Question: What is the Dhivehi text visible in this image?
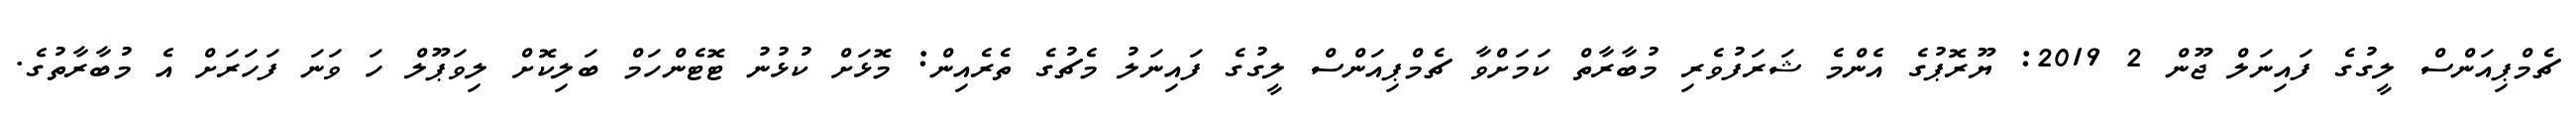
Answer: ޗެމްޕިއަންސް ލީގުގެ ފައިނަލް ޖޫން 2 2019: ޔޫރޮޕުގެ އެންމެ ޝަރަފުވެރި މުބާރާތް ކަމަށްވާ ޗެމްޕިއަންސް ލީގުގެ ފައިނަލު މެޗުގެ ތެރެއިން: މޮޅަށް ކުޅުނު ޓޮޓެންހަމް ބަލިކޮށް ލިވަޕޫލް ހަ ވަނަ ފަހަރަށް އެ މުބާރާތުގެ.